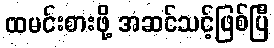
ထမင်းစားဖို့ အဆင်သင့်ဖြစ်ပြီ